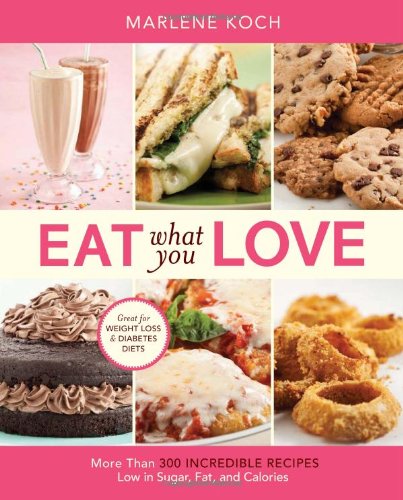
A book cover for Eat What You Love: More than 300 Incredible Recipes Low in Sugar, Fat, and Calories; Marlene Koch; Cookbooks, Food & Wine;